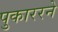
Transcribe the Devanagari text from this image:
पुकाररने